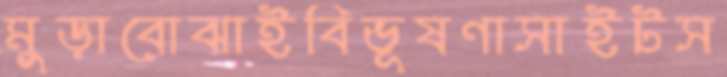
মুড়াবোঝাইবিভূষণাসাইটস